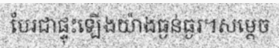
បែរជាផ្ទុះឡើងយ៉ាងធ្ងន់ធ្ងរ។សម្តេច